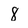
Character: 8